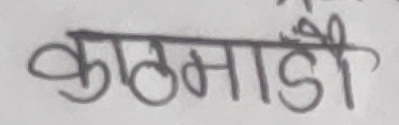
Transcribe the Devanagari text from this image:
काठमाडौं